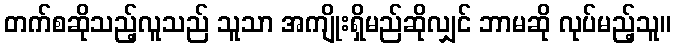
တက်စဆိုသည့်လူသည် သူသာ အကျိုးရှိမည်ဆိုလျှင် ဘာမဆို လုပ်မည့်သူ။